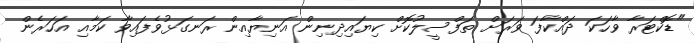
"ޑޮކްޓަރާ ވާހަކަ ދައްކާފަ ވަރަށް ތަފްސީލުކޮށް ކިޔައިދިނިން އަނިޔާއިން ރަނގަޅުވެފައިވާ ކަމާއި އަހަރެން